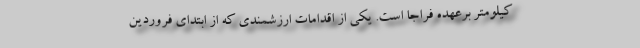
کیلومتر برعهده فراجا است. یکی از اقدامات ارزشمندی که از ابتدای فروردین